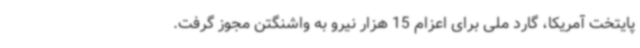
پایتخت آمریکا، گارد ملی برای اعزام 15 هزار نیرو به واشنگتن مجوز گرفت.